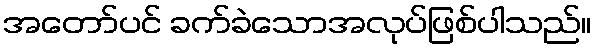
အတော်ပင် ခက်ခဲသောအလုပ်ဖြစ်ပါသည်။